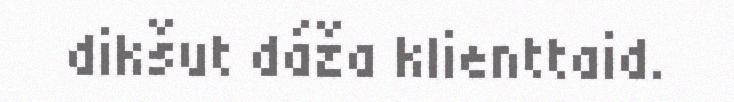
dikšut dáža klienttaid.